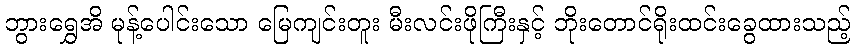
ဘွားရွှေအိ မုန့်ပေါင်းသော မြေကျင်းတူး မီးလင်းဖိုကြီးနှင့် ဘိုးတောင်ရိုးထင်းခွေထားသည့်